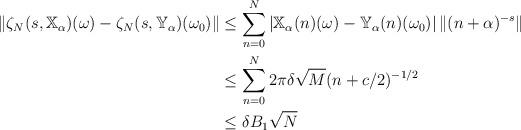
LaTeX: \begin{align*}\left\|\zeta_N(s,\mathbb{X}_\alpha)(\omega)- \zeta_N(s,\mathbb{Y}_\alpha)(\omega_0)\right\|&\leq \sum_{n=0}^{N} \left|\mathbb{X}_\alpha(n)(\omega)-\mathbb{Y}_\alpha(n)(\omega_0)\right| \|(n+\alpha)^{-s}\| \\&\leq \sum_{n=0}^{N} 2\pi \delta \sqrt{M} (n+c/2)^{-1/2} \\&\leq \delta B_1 \sqrt{N}\end{align*}